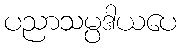
ပညာသမ္ပဒါယပေ